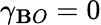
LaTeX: \gamma_{\mathbf{B}O}=0